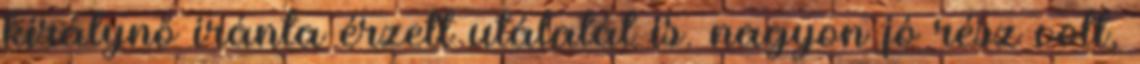
királynő iránta érzett utálatát is. nagyon jó rész volt,